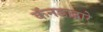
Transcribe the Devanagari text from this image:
कॅनडाद्वारे